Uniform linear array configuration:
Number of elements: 64
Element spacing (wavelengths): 1
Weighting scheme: cosine
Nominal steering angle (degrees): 60
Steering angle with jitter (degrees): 60.301
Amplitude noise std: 0.05
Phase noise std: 0.05

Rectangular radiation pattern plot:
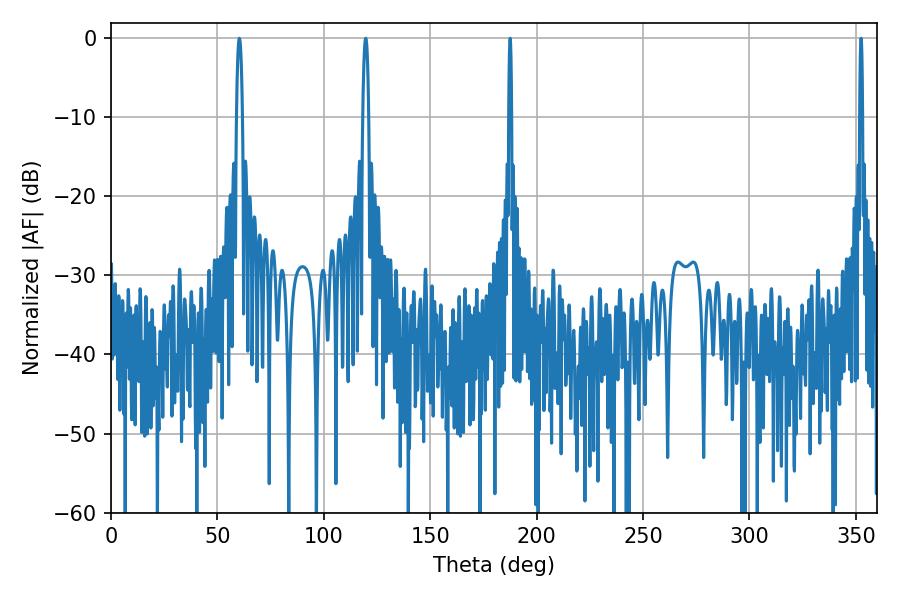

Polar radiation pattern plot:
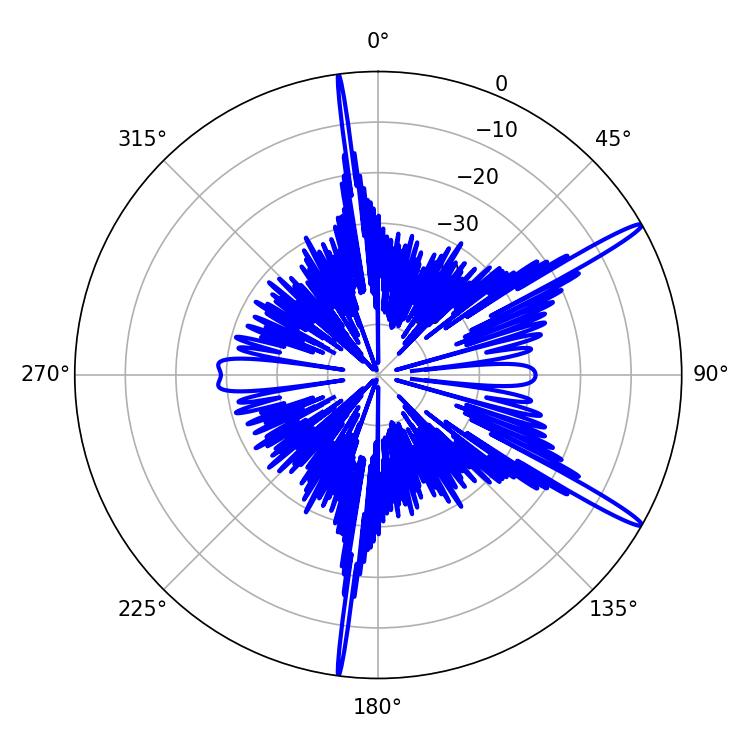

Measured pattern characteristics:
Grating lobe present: TRUE
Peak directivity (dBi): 15.945
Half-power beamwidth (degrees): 1.44
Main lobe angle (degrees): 60.3